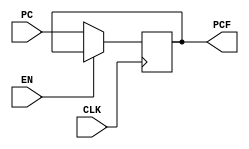
`timescale 1ns / 1ps

module ProgramCounter #(parameter AWL = 6, DWL = 32, DEPTH = 2**AWL)
                       (input CLK, EN,
                        input [DWL-1:0] PC,
                        output reg [DWL-1:0] PCF);

initial PCF = 0;
   
    always @ (negedge CLK) begin
        if (!EN) // Active-low enable signal
            PCF <= PC;
    end
    
endmodule